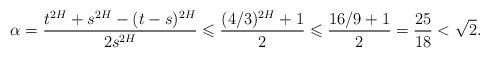
LaTeX: \begin{align*}\alpha=\frac{t^{2H}+s^{2H}-(t-s)^{2H}}{2s^{2H}}\leqslant \frac{(4/3)^{2H}+1}{2}\leqslant \frac{16/9+1}{2}=\frac{25}{18}<\sqrt{2}.\end{align*}